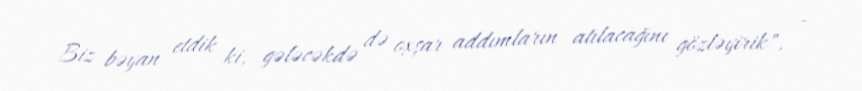
Biz bəyan etdik ki, gələcəkdə də oxşar addımların atılacağını gözləyirik", -